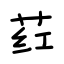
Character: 荭